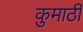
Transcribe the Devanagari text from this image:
कुमाठी